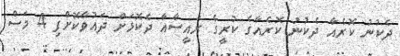
ދެކުނު ކޮރެއާ ދެކުނު ކޮރެއާގެ ކުރީގެ ރައީސާއާ ދެކޮޅަށް ދައުވާކޮށްފި 4 މަސް